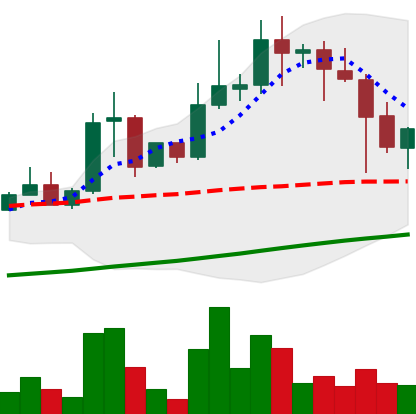
Ticker: XLM-USD
Chart end date: 2021-04-20
Forward return: -21.122%
Label: down_7plus